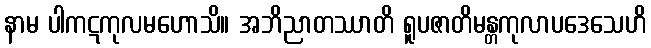
နာမ ပါကဋကုလမဟောသိ။ အဘိညာတဿာတိ ရူပဇာတိမန္တကုလာပဒေသေဟိ